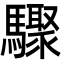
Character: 驟